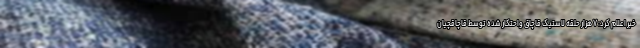
خبر اعلام کرد: ۷ هزار حلقه لاستیک قاچاق واحتکار شده توسط قاچاقچیان